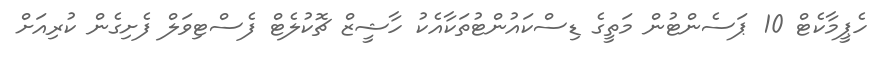
ހެޕީމާކެޓް 10 ޕަސެންޓުން މަތީގެ ޑިސްކައުންޓުތަކާއެކު ހާޝީޒް ޗޮކުލެޓް ފެސްޓިވަލް ފެށިގެން ކުރިއަށް